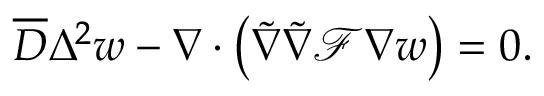
\overline { { D } } \Delta ^ { 2 } w - \nabla \cdot \left( \tilde { \nabla } \tilde { \nabla } \mathcal { F } \nabla w \right) = 0 .